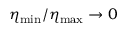
{ \eta _ { \mathrm { m i n } } / \eta _ { \mathrm { m a x } } \to 0 }